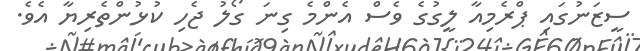
ސީޒަނުގައި ޕްރެމިއާ ލީގުގެ ވެސް އެންމެ ގިނަ ގޯލު ޖެހި ކުޅުންތެރިޔާ އެވެ.